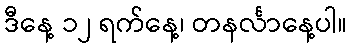
ဒီနေ့ ၁၂ ရက်နေ့၊ တနင်္လာနေ့ပါ။